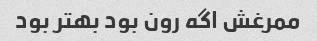
ممرغش اگه رون بود بهتر بود